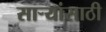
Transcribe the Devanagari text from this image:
सार्‍यांसाठी